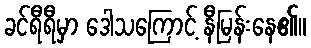
ခင်ရီရီမှာ ဒေါသကြောင့် နီမြန်းနေ၏။